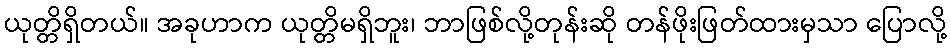
ယုတ္တိရှိတယ်။ အခုဟာက ယုတ္တိမရှိဘူး၊ ဘာဖြစ်လို့တုန်းဆို တန်ဖိုးဖြတ်ထားမှသာ ပြောလို့